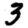
Digit: 3